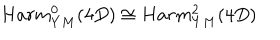
LaTeX: H a r m _ { Y M } ^ { 0 } ( 4 D ) \cong H a r m _ { Y M } ^ { 2 } ( 4 D )